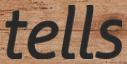
tells